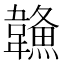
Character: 𩏦